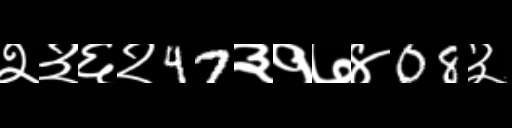
Text: २३६२47३१७४08३